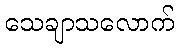
သေချာသလောက်